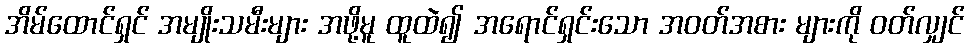
အိမ်ထောင်ရှင် အမျိုးသမီးများ အဖို့မူ ထူထဲ၍ အရောင်ရှင်းသော အဝတ်အစား များကို ဝတ်လျှင်